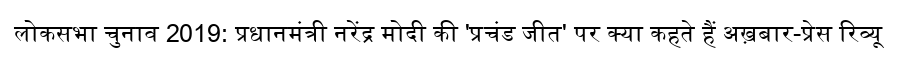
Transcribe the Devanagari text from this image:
लोकसभा चुनाव 2019: प्रधानमंत्री नरेंद्र मोदी की 'प्रचंड जीत' पर क्या कहते हैं अख़बार-प्रेस रिव्यू